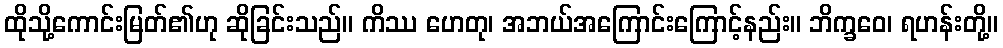
ထိုသို့ကောင်းမြတ်၏ဟု ဆိုခြင်းသည်။ ကိဿ ဟေတု၊ အဘယ်အကြောင်းကြောင့်နည်း။ ဘိက္ခဝေ၊ ရဟန်းတို့။